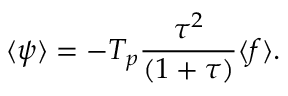
\begin{array} { c c c } { \displaystyle { \langle \psi \rangle = - T _ { p } \frac { \tau ^ { 2 } } { ( 1 + \tau ) } \langle f \rangle . } } \end{array}